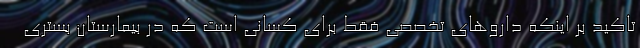
تاکید بر اینکه داروهای تخصصی فقط برای کسانی است که در بیمارستان بستری